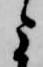
よ